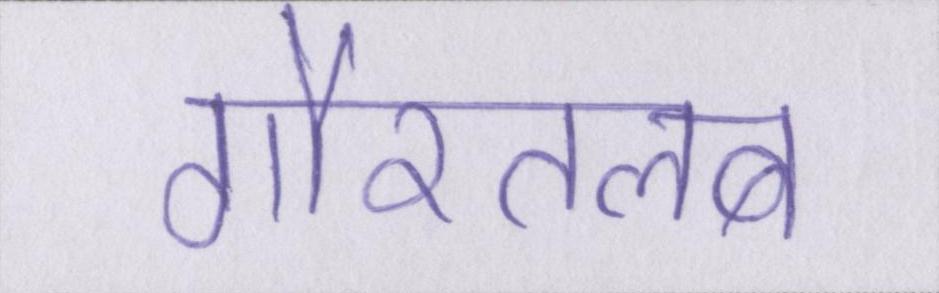
गौरतलब